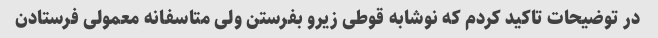
در توضیحات تاکید کردم که نوشابه قوطی زیرو بفرستن ولی متاسفانه معمولی فرستادن